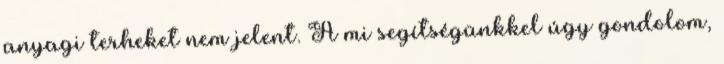
anyagi terheket nem jelent. A mi segítségünkkel úgy gondolom,